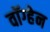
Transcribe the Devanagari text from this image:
वाॅग्हेन